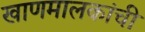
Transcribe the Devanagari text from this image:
खाणमालकांची